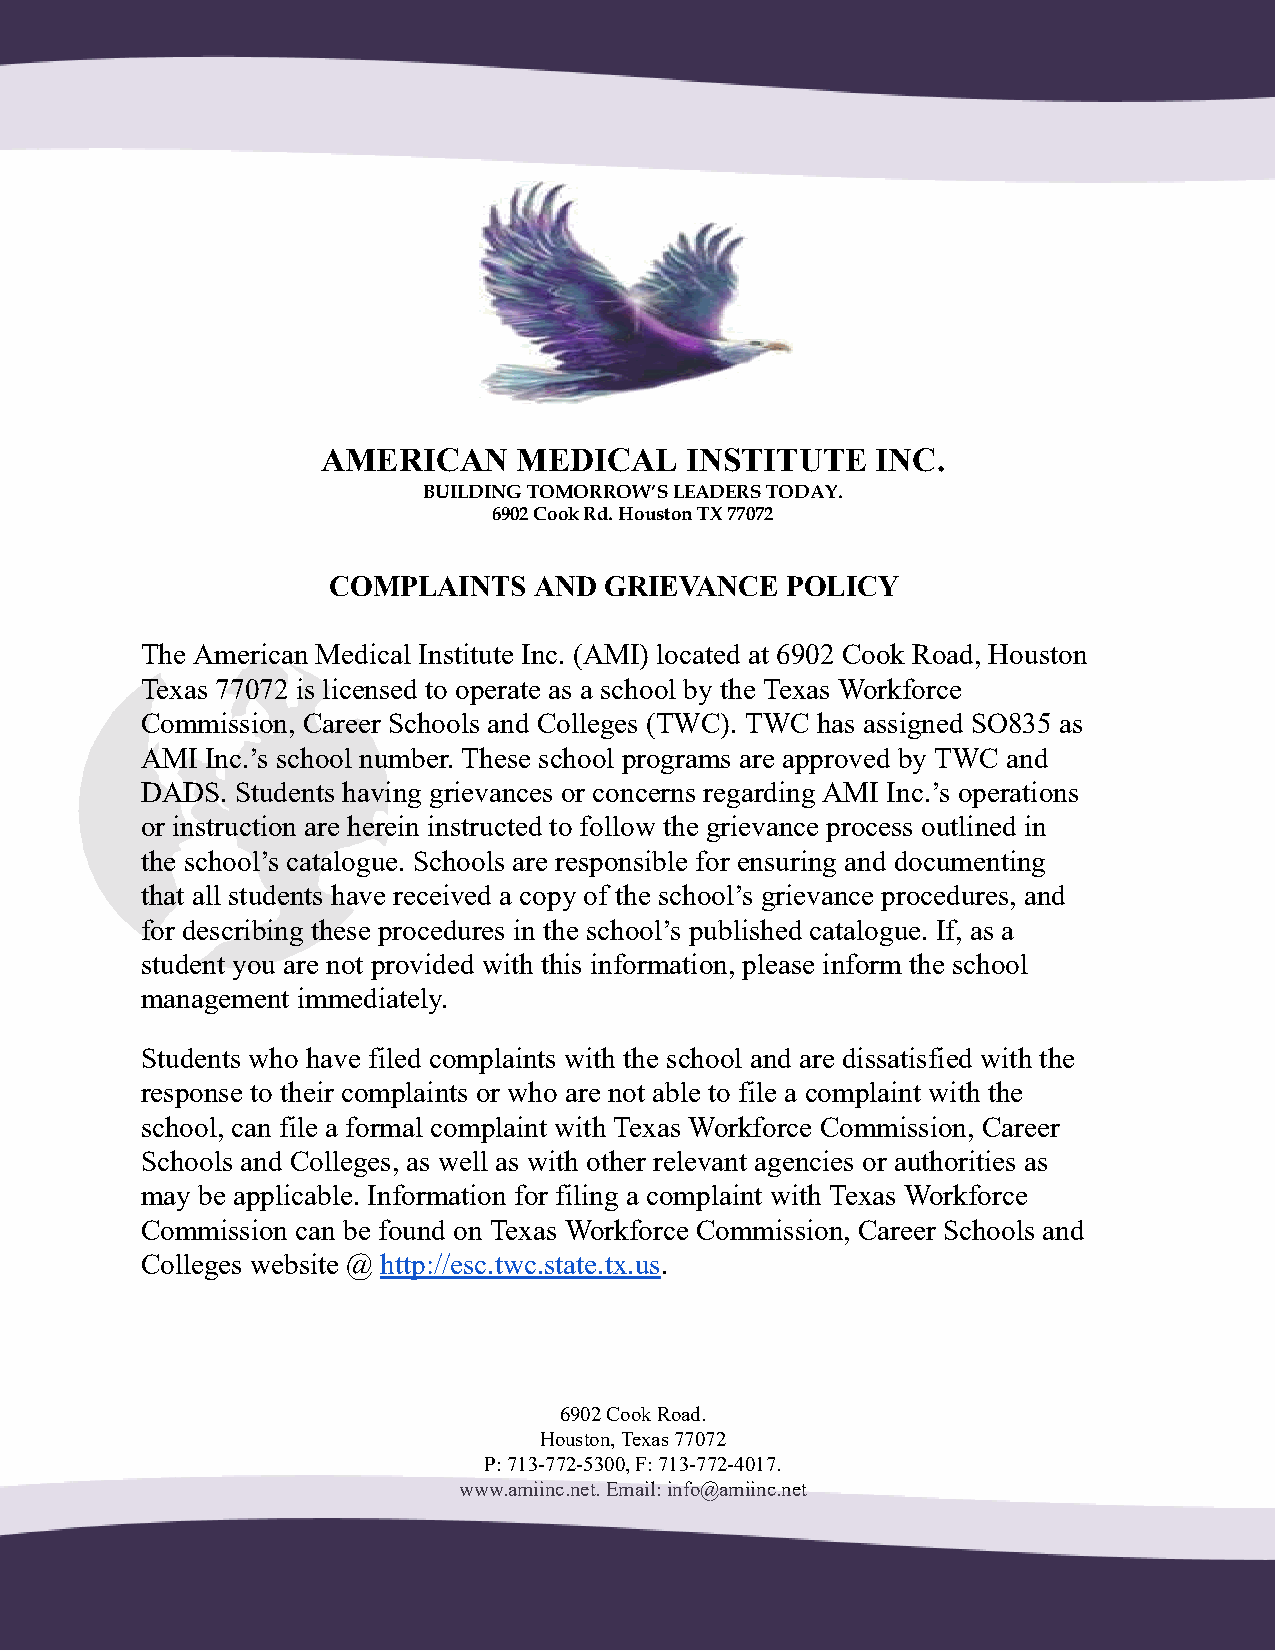
AMERICAN     MEDICAL    INSTITUTE    INC.
 BUILDING TOMORROW’S LEADERS TODAY.
 6902 Cook Rd. Houston TX 77072
 COMPLAINTS   AND  GRIEVANCE   POLICY
 The American Medical Institute Inc. (AMI) located at 6902 Cook Road, Houston
 Texas 77072 is licensed to operate as a school by the Texas Workforce
 Commission, Career Schools and Colleges (TWC). TWC has assigned SO835 as
 AMI  Inc.’s school number. These school programs are approved by TWC and
 DADS.  Students having grievances or concerns regarding AMI Inc.’s operations
 or instruction are herein instructed to follow the grievance process outlined in
 the school’s catalogue. Schools are responsible for ensuring and documenting
 that all students have received a copy of the school’s grievance procedures, and
 for describing these procedures in the school’s published catalogue. If, as a
 student you are not provided with this information, please inform the school
 management immediately.
 Students who have filed complaints with the school and are dissatisfied with the
 response to their complaints or who are not able to file a complaint with the
 school, can file a formal complaint with Texas Workforce Commission, Career
 Schools and Colleges, as well as with other relevant agencies or authorities as
 may be applicable. Information for filing a complaint with Texas Workforce
 Commission can be found on Texas Workforce Commission, Career Schools and
 Colleges website @ http://esc.twc.state.tx.us .
 6902 Cook Road.
 Houston, Texas 77072
 P: 713-772-5300, F: 713-772-4017.
 www.amiinc.net. Email: info@amiinc.net